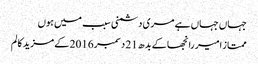
جہاں جہاں ہے مری دشمنی سبب میں ہوں
ممتاز امیر رانجھا کے بدھ 21 دسمبر 2016 کے مزید کالم